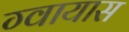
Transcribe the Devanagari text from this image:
ग्वायास